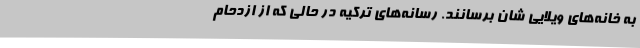
به خانه‌های ویلایی شان برسانند. رسانه‌های ترکیه در حالی که از ازدحام